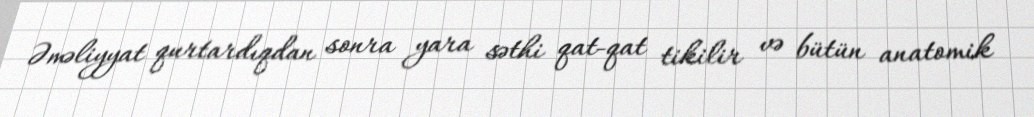
Əməliyyat qurtardıqdan sonra yara səthi qat-qat tikilir və bütün anatomik